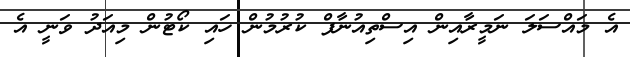
އެ މައްސަލަ ނަމީރާއިން އިސްތިއުނާފް ކުރުމުން ހައި ކޯޓުން މިއަދު ވަނީ އެ